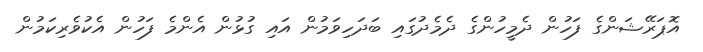
އޮޕަރޭޝަންގެ ފަހުން ދެމީހުންގެ ދެމެދުގައި ބަދަހިވަމުން އައި ގުޅުން އެންމެ ފަހުން އެކުވެރިކަމުން